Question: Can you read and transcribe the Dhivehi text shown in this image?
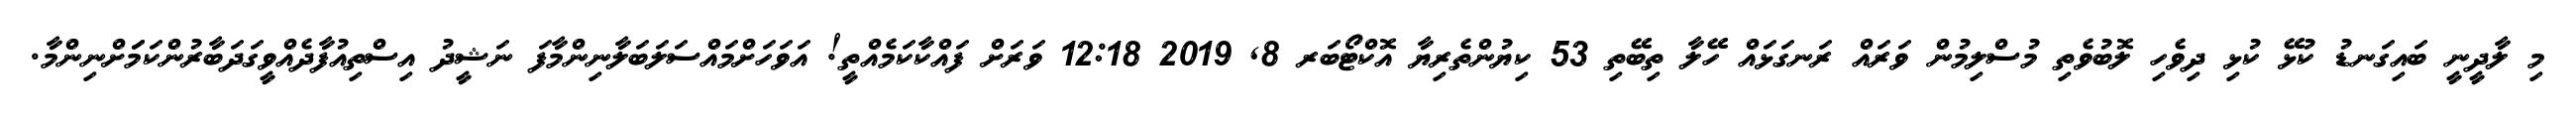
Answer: މި ލާދީނީ ބައިގަނޑު ކުޅޭ ކުޅި ދިވެހި ލޮބުވެތި މުސްލިމުން ވަރައް ރަނގަޅައް ހޭލާ ތިބޭތި 53 ކިޔުންތެރިޔާ އޮކްޓޯބަރ 8, 2019 12:18 ވަރަށް ފައްކާކަމެއްތީ! އަވަހަށްމައްސަލަބަލާނިންމާފަ ނަޝީދު އިސްތިއުފާދެއްވީގަދަބާރުންކަމަަށްނިންމާ.